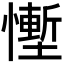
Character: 𪬷